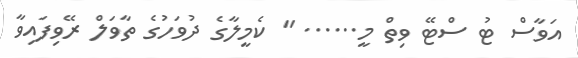
އަވާސް ޓު ސްޓޭ ވިތް މީ...... " ކެމީލާގެ ދުވަހުގެ ތާވަލް ރޭވިފައިވާ